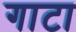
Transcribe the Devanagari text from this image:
गाटा